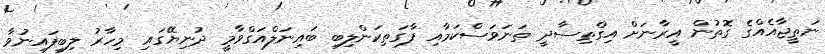
ނަތީޖާއެއްގެ ގޮތުން އީރާނަށް އިގްތިސާދީ ތަނަވަސްކަމާއި ފާގަތިކަންލިބި ބައިނަލްއަގްވާމީ ދުނިޔޭގައި މިހާރު ލިބިފައިނުވާ